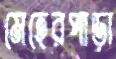
মেহেরপাড়া